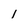
Character: l